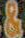
&